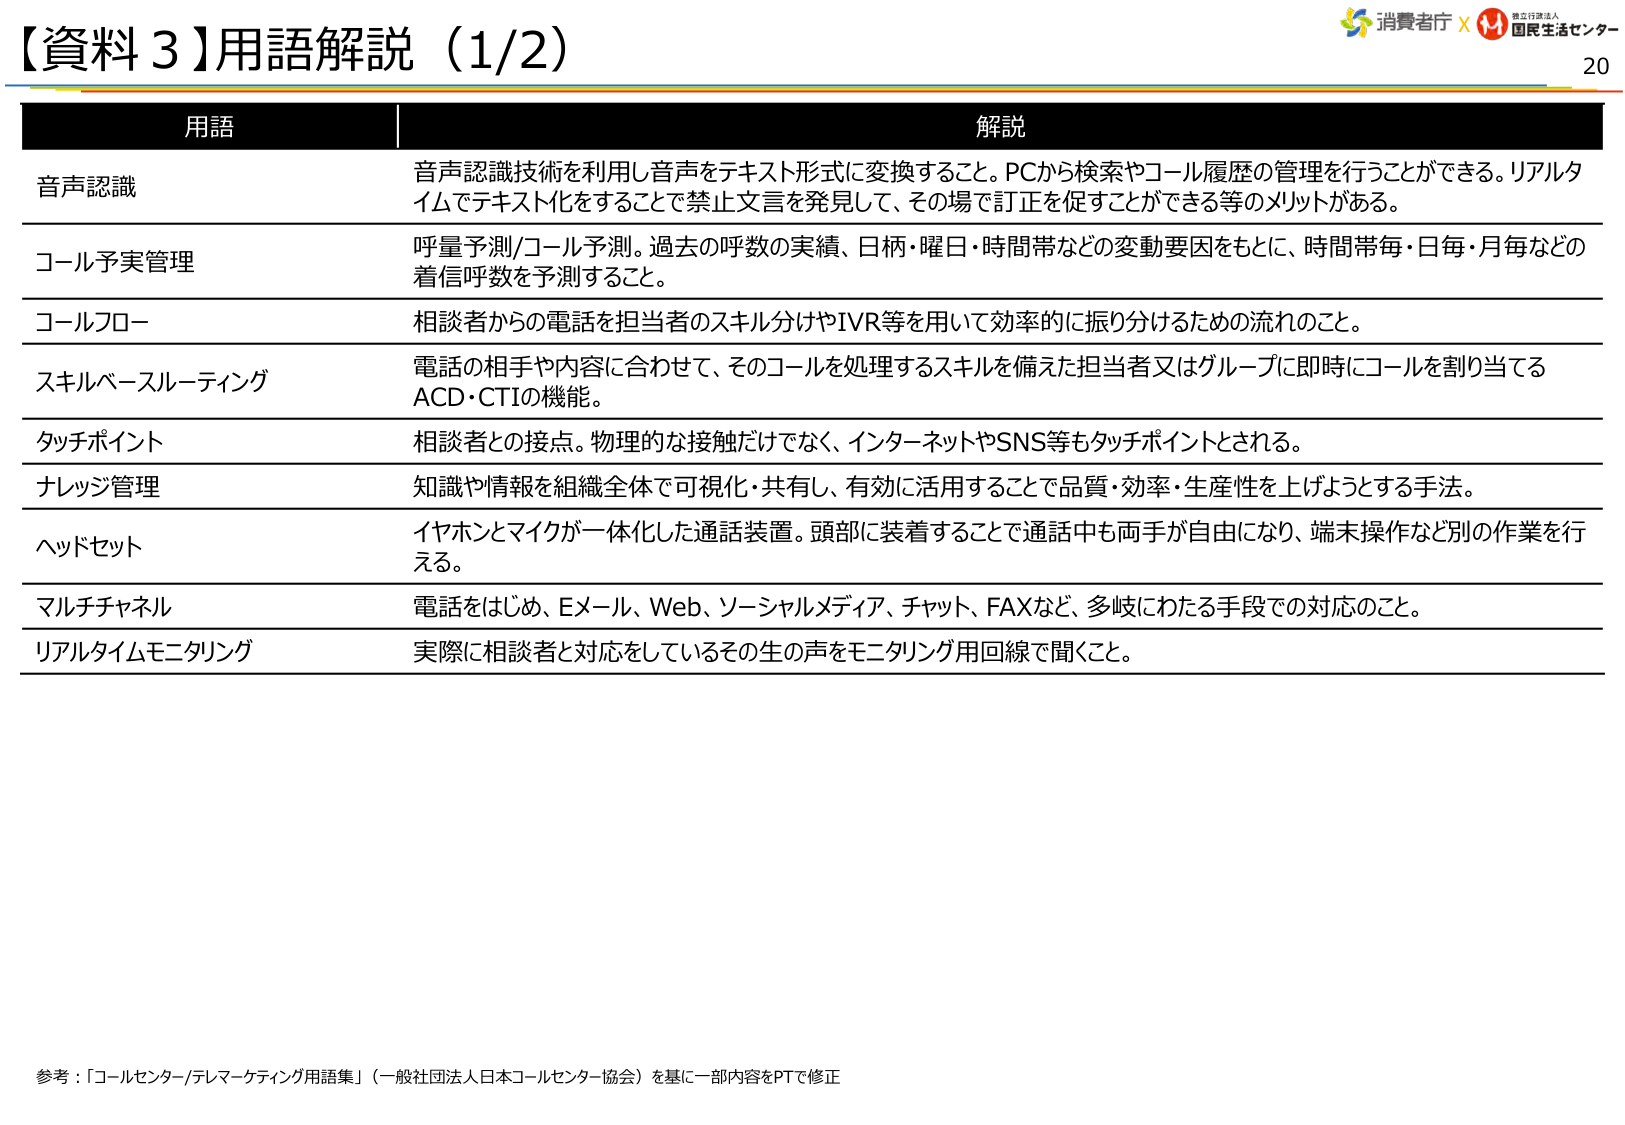
【資料３】用語解説（1/2）

用語